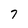
Character: 7